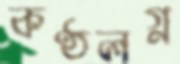
কণ্ঠলগ্ন